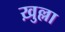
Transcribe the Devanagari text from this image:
ख़ुल्ला